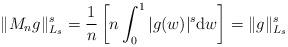
LaTeX: \begin{align*} \Vert M_ng \Vert_{L_s}^s=\frac{1}{n}\left[n \int_0^1 \vert g(w)\vert^s \mathrm{d}w\right]=\Vert g \Vert_{L_s}^s\end{align*}